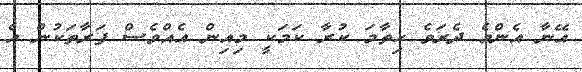
އޭނާ އެންމެ ދެރަވެ ހިތާމަ ކުރާ ކަމަކީ މިއިން އެއްވެސް ފަރާތަކުން އެ